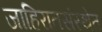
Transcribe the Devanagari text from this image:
जाहिरातसंस्थेत